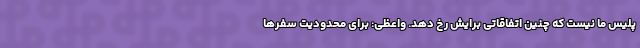
پلیس ما نیست که چنین اتفاقاتی برایش رخ دهد. واعظی: برای محدودیت سفر‌ها